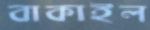
বাকাইল